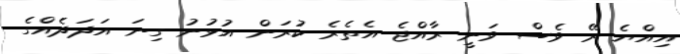
އިއްޔެ ރޭ ވެސް ވަނީ ރާއްޖެ އެތެރެ ކުރަން އުޅުނު ގިނަ އަދަދެއްގެ